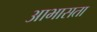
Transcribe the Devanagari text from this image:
आभासता